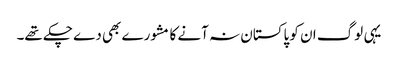
یہی لوگ ان کو پاکستان نہ آنے کا مشورے بھی دے چکے تھے۔